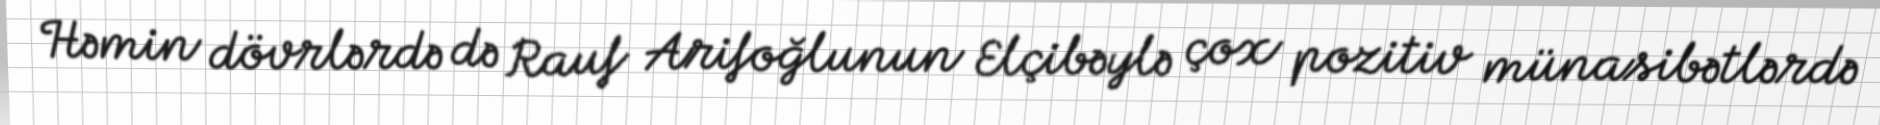
Həmin dövrlərdə də Rauf Arifoğlunun Elçibəylə çox pozitiv münasibətlərdə